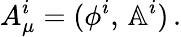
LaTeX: A_{\mu}^{i}=(\phi^{i},\, \mathbb{A}^{i})\, .